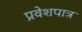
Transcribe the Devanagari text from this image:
प्रवेशपात्र